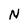
Character: N